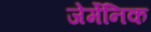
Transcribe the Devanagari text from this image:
जेर्मेनिक